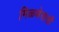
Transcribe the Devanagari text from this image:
मिळणेसाठी